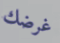
غرضك